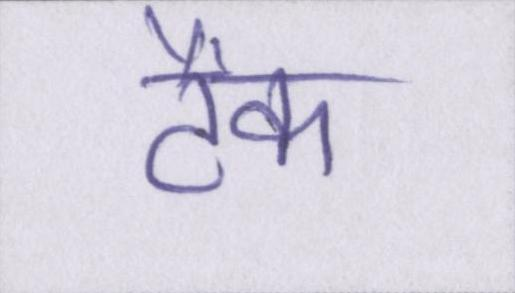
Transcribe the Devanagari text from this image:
टैंक